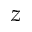
z